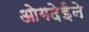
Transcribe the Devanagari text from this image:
ओगदेईने